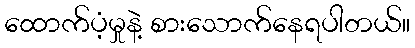
ထောက်ပံ့မှုနဲ့ စားသောက်နေရပါတယ်။